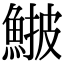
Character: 𩸉